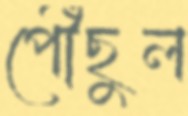
পৌঁছুল